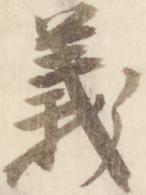
義